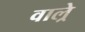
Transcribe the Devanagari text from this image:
वाल्रे